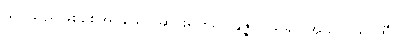
သင်သည်ဖြစ်စေအပ်သော ဆင်းရဲကို။ ပနုဇ္ဇ၊ ပယ်၍။ အသယှသာဟီ၊